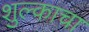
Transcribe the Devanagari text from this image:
शुल्काचा